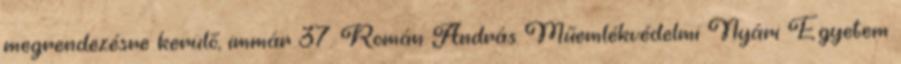
megrendezésre kerülő, immár 37. Román András Műemlékvédelmi Nyári Egyetem